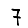
Digit: 7